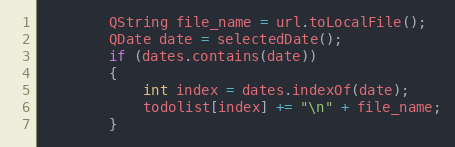
Language: C++
        QString file_name = url.toLocalFile();
        QDate date = selectedDate();
        if (dates.contains(date))
        {
            int index = dates.indexOf(date);
            todolist[index] += "\n" + file_name;
        }